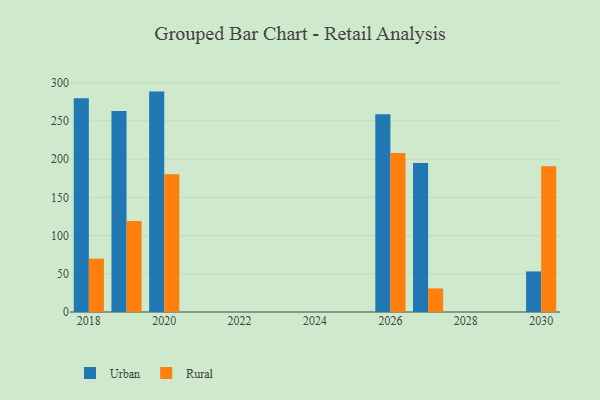
{"axis": {"x": "Year", "y": "Active Users"}, "legend": ["Rural", "Urban"], "data": [{"x": "2027", "y": 195.1, "type": "Urban"}, {"x": "2027", "y": 30.8, "type": "Rural"}, {"x": "2026", "y": 258.9, "type": "Urban"}, {"x": "2026", "y": 208.1, "type": "Rural"}, {"x": "2030", "y": 53.1, "type": "Urban"}, {"x": "2030", "y": 190.6, "type": "Rural"}, {"x": "2018", "y": 279.8, "type": "Urban"}, {"x": "2018", "y": 69.8, "type": "Rural"}, {"x": "2020", "y": 288.4, "type": "Urban"}, {"x": "2020", "y": 180.1, "type": "Rural"}, {"x": "2019", "y": 262.9, "type": "Urban"}, {"x": "2019", "y": 119.1, "type": "Rural"}]}